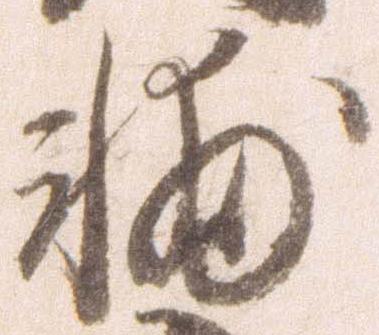
輔